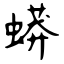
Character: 蟒